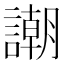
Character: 謿